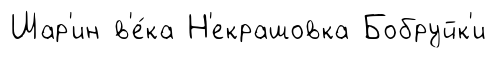
Шар'ин в'е́ка Н'екрашовка Бобруйк'и